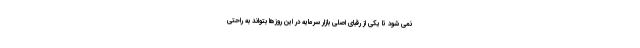
نمی شود تا یکی از رقبای اصلی بازار سرمایه در این روزها بتواند به راحتی